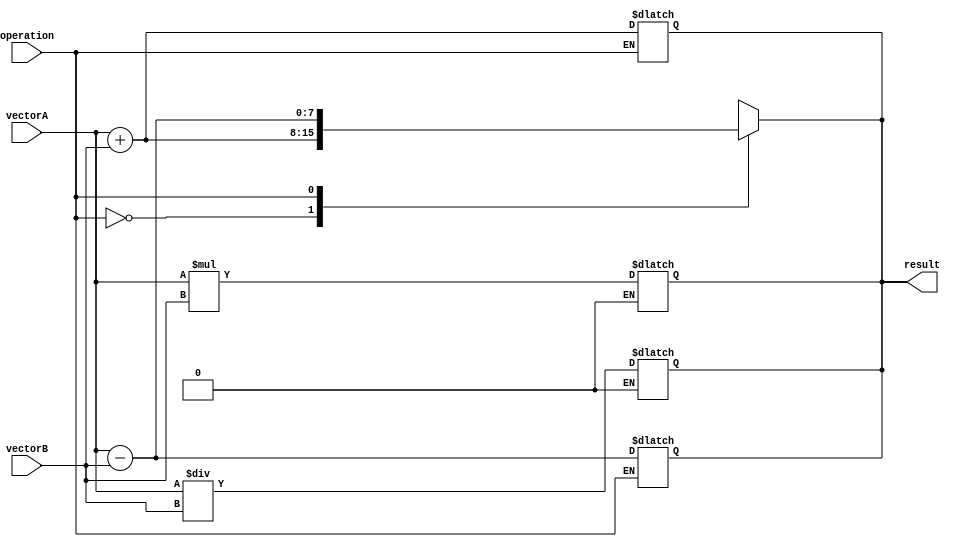
module VectorALU(
    input wire [7:0] vectorA,
    input wire [7:0] vectorB,
    input wire operation,
    output reg [7:0] result
);

// Arithmetic block for addition
always @*
begin
    if(operation == 0) 
        result = vectorA + vectorB;
end

// Arithmetic block for subtraction
always @*
begin
    if(operation == 1) 
        result = vectorA - vectorB;
end

// Arithmetic block for multiplication
always @*
begin
    if(operation == 2) 
        result = vectorA * vectorB;
end

// Arithmetic block for division
always @*
begin
    if(operation == 3) 
        result = vectorA / vectorB;
end

// Control logic for selecting arithmetic block based on operation
always @*
begin
    case(operation)
        0: result = vectorA + vectorB;
        1: result = vectorA - vectorB;
        2: result = vectorA * vectorB;
        3: result = vectorA / vectorB;
        default: result = 8'd0; // Default value
    endcase
end

endmodule